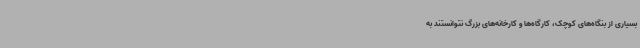
بسیاری از بنگاه‌های کوچک، کارگاه‌ها و کارخانه‌های بزرگ نتوانستند به